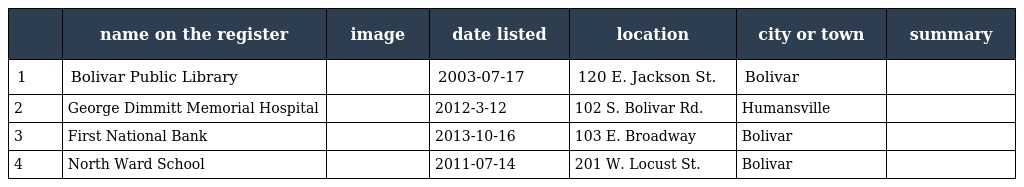
|  | name on the register | image | date listed | location | city or town | summary |
 | --- | --- | --- | --- | --- | --- | --- |
 | 1 | Bolivar Public Library |  | 2003-07-17 | 120 E. Jackson St. | Bolivar |  |
 | 2 | George Dimmitt Memorial Hospital |  | 2012-3-12 | 102 S. Bolivar Rd. | Humansville |  |
 | 3 | First National Bank |  | 2013-10-16 | 103 E. Broadway | Bolivar |  |
 | 4 | North Ward School |  | 2011-07-14 | 201 W. Locust St. | Bolivar |  |